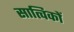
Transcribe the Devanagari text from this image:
सात्विकों